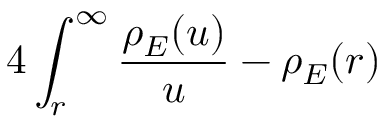
4 \int _ { r } ^ { \infty } \d u \frac { \rho _ { E } ( u ) } { u } - \rho _ { E } ( r )